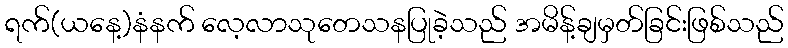
ရက်(ယနေ့)နံနက် လေ့လာသုတေသနပြုခဲ့သည် အမိန့်ချမှတ်ခြင်းဖြစ်သည်